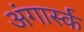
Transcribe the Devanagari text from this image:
अंगार्स्क